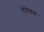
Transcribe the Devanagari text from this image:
ऐत्रेयय